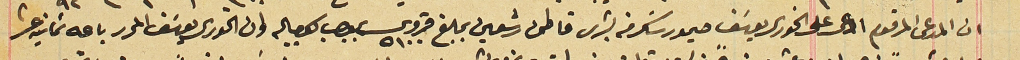
ان المدعى المرقوم ادعى على الخوري يوسَف حيمور سَكر من بشرى قاطن رشعين بمبلغ قروش ٥١٠٠ بموجب كمبياله وان الخوري يوسَف المحرر باعه ثمانيه عشر